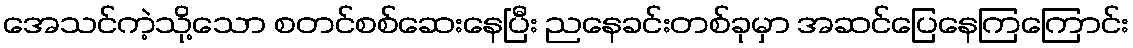
အေသင်ကဲ့သို့သော စတင်စစ်ဆေးနေပြီး ညနေခင်းတစ်ခုမှာ အဆင်ပြေနေကြကြောင်း